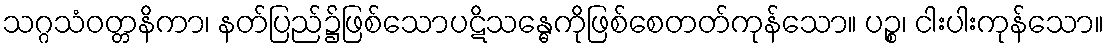
သဂ္ဂသံဝတ္တနိကာ၊ နတ်ပြည်၌ဖြစ်သောပဋိသန္ဓေကိုဖြစ်စေတတ်ကုန်သော။ ပဉ္စ၊ ငါးပါးကုန်သော။